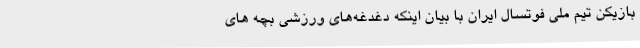
بازیکن تیم ملی فوتسال ایران با بیان اینکه دغدغه‌های ورزشی بچه های